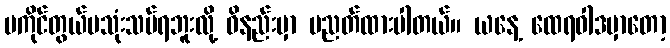
မကိုင်တွယ်မသုံးသပ်ရဘူးလို့ ဝိနည်းမှာ ပညတ်ထားပါတယ်။ ယနေ့ ထေရဝါဒမှာတော့